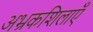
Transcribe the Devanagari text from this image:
अभ्रकशिलाएँ